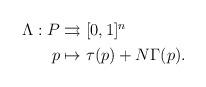
LaTeX: \begin{align*}\begin{aligned}\Lambda:P &\rightrightarrows [0,1]^n \\p &\mapsto \tau(p)+N\Gamma(p).\end{aligned}\end{align*}